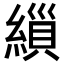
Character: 𮈸